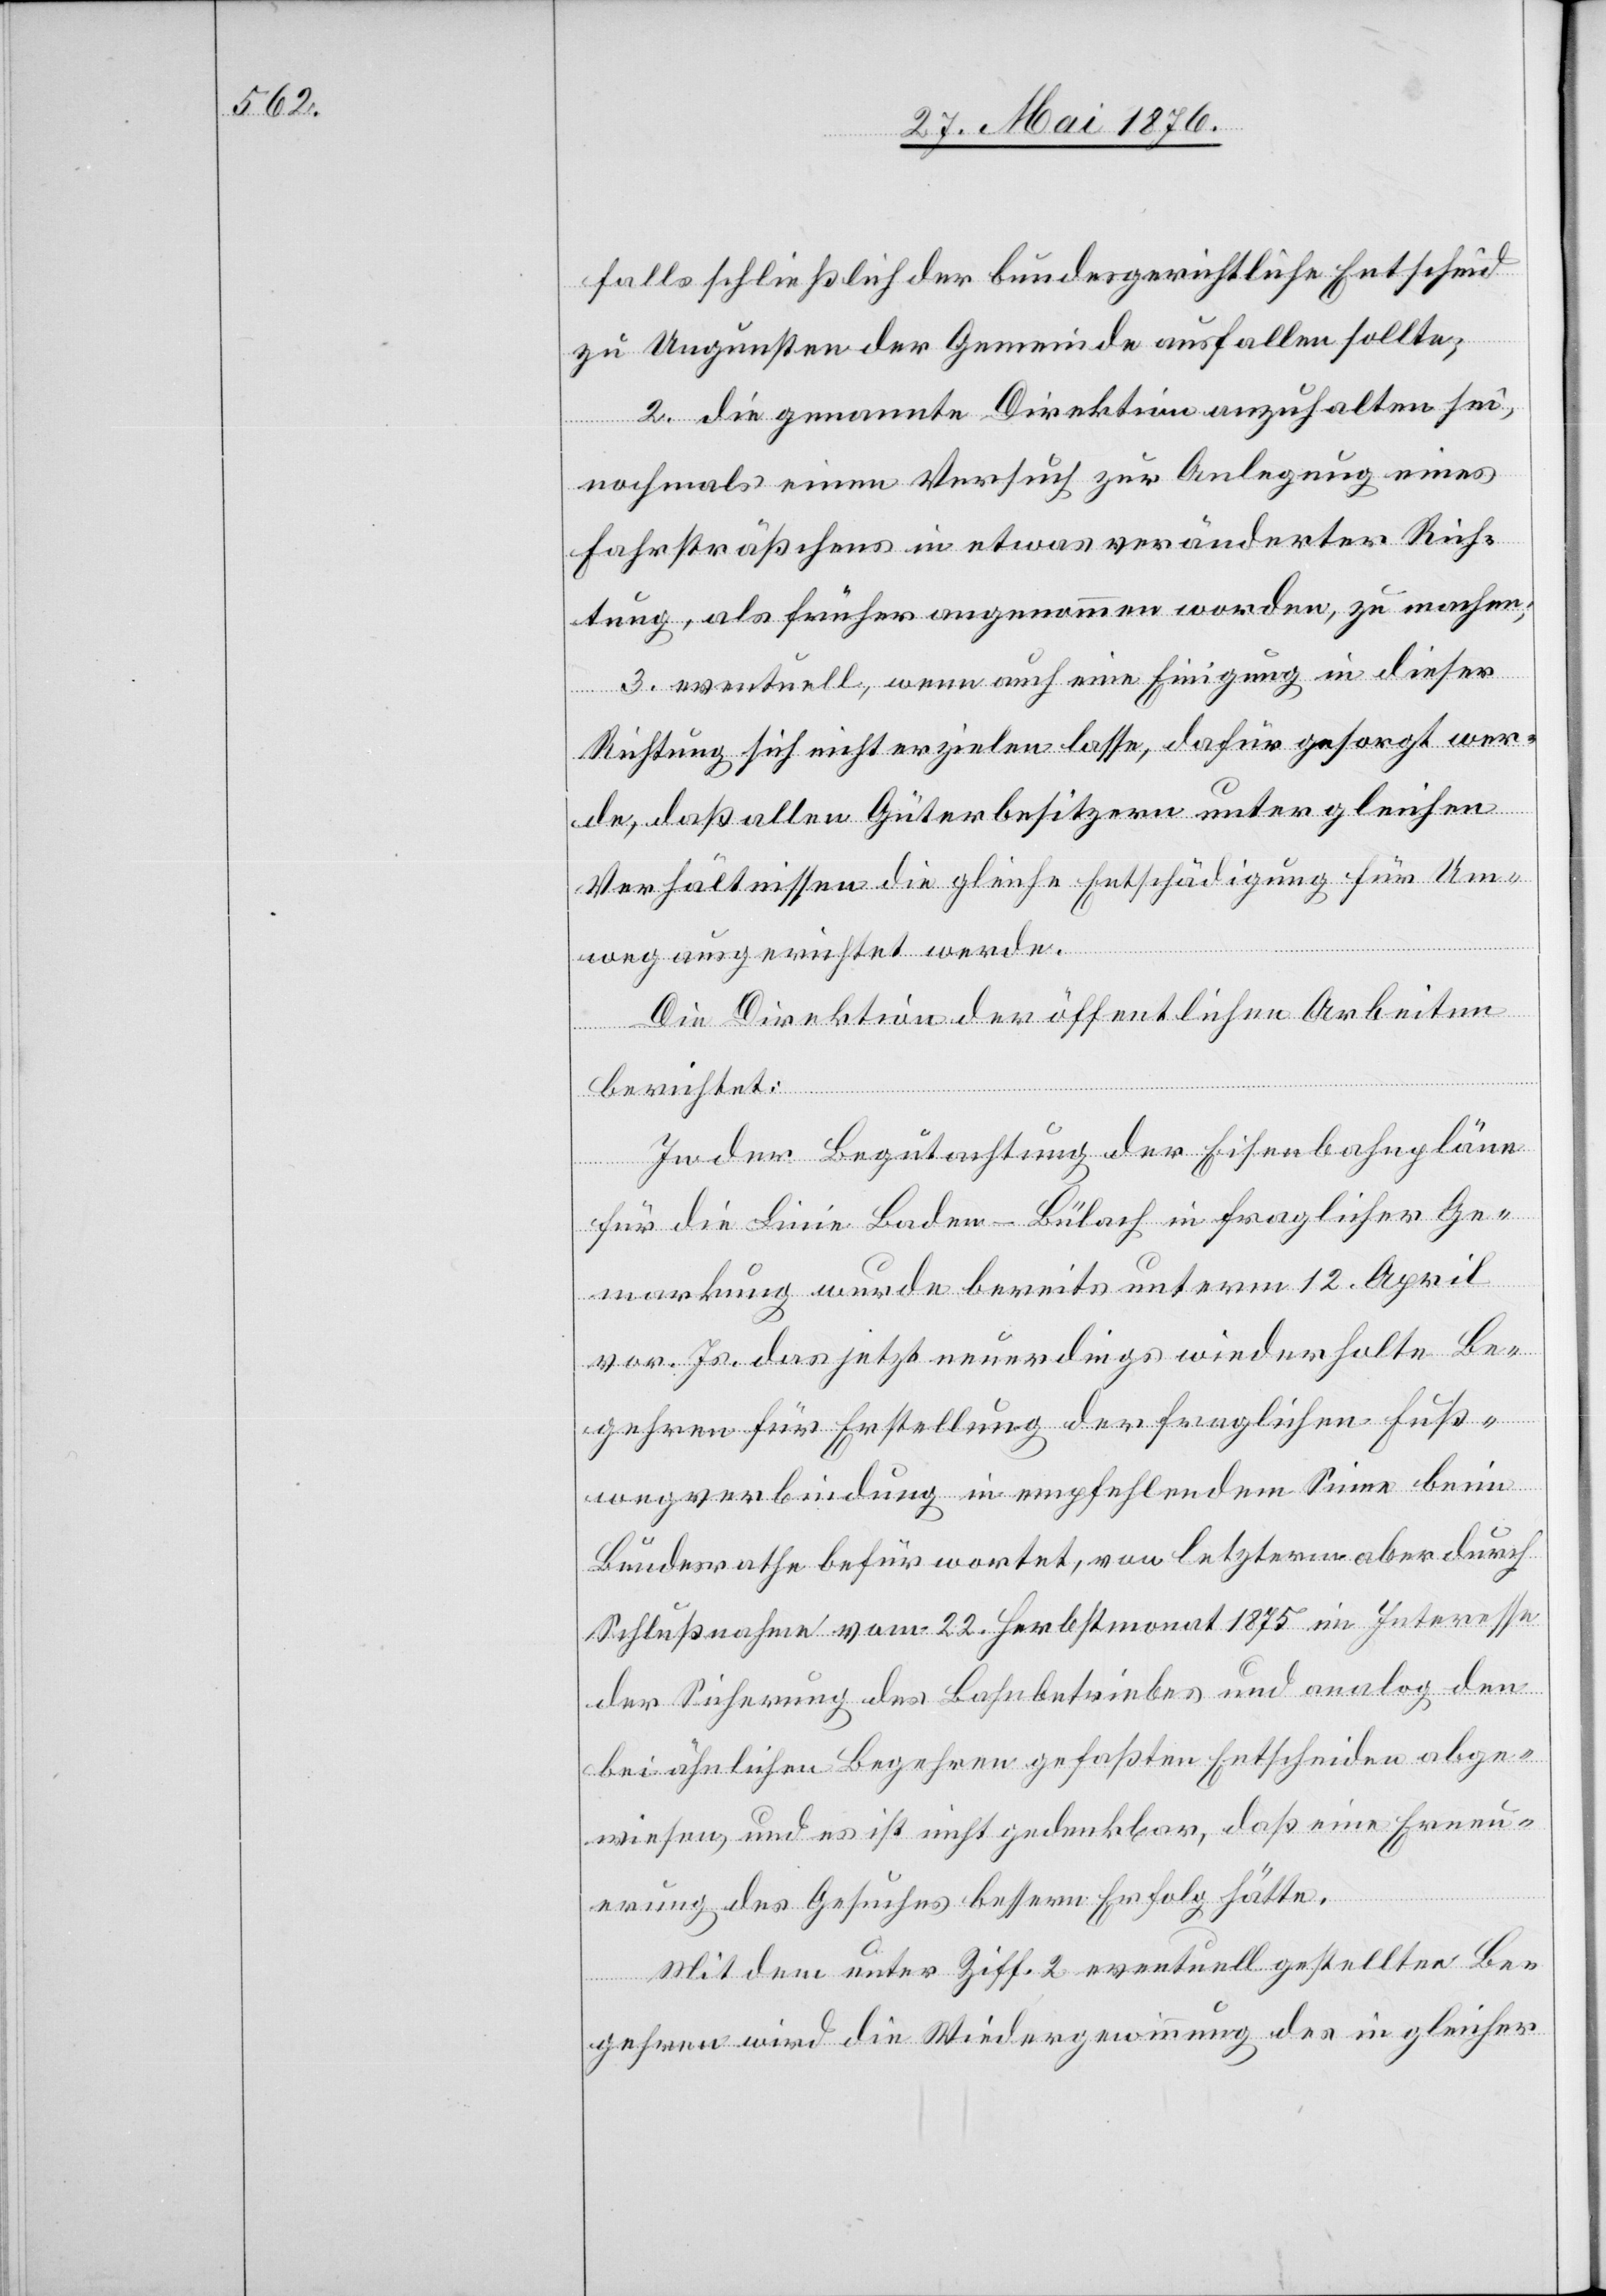
falls schließlich der bundesgerichtliche Entscheid
zu Ungunsten der Gemeinde ausfallen sollte;
2. die genannte Direktion anzuhalten sei,
nochmals einen Versuch zur Anlegung eines
Fahrsträßchens in etwas veränderter Rich¬
tung, als früher angenommen worden, zu machen;
3. eventuell, wenn auch eine Einigung in dieser
22.
Richtung sich nicht erzielen lasse, dafür gesorgt wer¬
de, das allen Güterbesitzungen unter gleichen
Verhältnissen die gleiche Entschädigung für Um¬
weg ausgerichtet werde.
Die Direktion der öffentlichen Arbeiten
im
berichtet:
In der Begutachtung der Eisenbahnpläne
für die Linie Baden–Bülach in fraglicher Ge¬
markung wurde bereits unterm 12. April
vor. Js. das jetzt neuerdings wiederholte Be¬
gehren für Erstellung der fraglichen Fuß¬
wegverbindung in empfehlendem Sinne beim
der Sicherung des Bahnbetriebes und analog den
bei ähnlichen Begehren gefaßten Entscheiden abge¬
wiesen, und es ist nicht gedenkbar, daß eine Erneu¬
erung des Gesuches bessern Erfolg hätte.
Mit dem unter Ziff. 2 eventuell gestellten Be¬
gehren wird die Wiedergewinnung des in gleicher